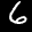
Label: 6